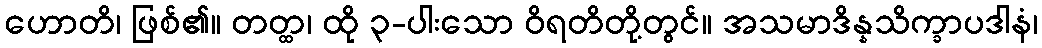
ဟောတိ၊ ဖြစ်၏။ တတ္ထ၊ ထို ၃-ပါးသော ဝိရတိတို့တွင်။ အသမာဒိန္နသိက္ခာပဒါနံ၊